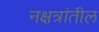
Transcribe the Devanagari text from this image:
नक्षत्रांतील